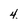
Character: 4